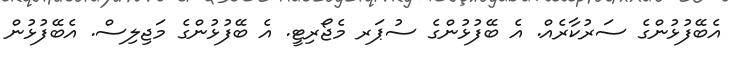
އެބޭފުޅުންގެ ސަރުކާރެއް. އެ ބޭފުޅުންގެ ސުޕަރ މެޖޯރިޓީ. އެ ބޭފުޅުންގެ މަޖިލިސް. އެބޭފުޅުން